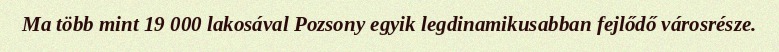
Ma több mint 19 000 lakosával Pozsony egyik legdinamikusabban fejlődő városrésze.